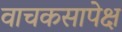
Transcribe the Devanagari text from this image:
वाचकसापेक्ष